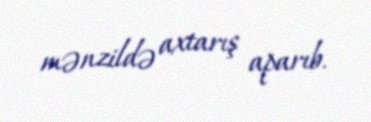
mənzildə axtarış aparıb.